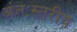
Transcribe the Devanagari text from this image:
अंतःस्तरीय